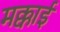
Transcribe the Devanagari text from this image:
मक्काई